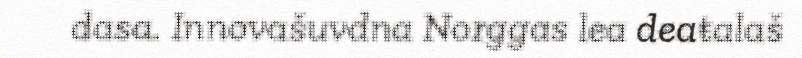
dasa. Innovašuvdna Norggas lea deaŧalaš